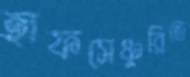
হাফসেঞ্চুরিতে